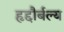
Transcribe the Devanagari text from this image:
हृद्दौर्बल्य